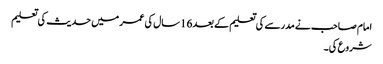
امام صاحب نے مدرسے کی تعلیم کے بعد16سال کی عمر میں حدیث کی تعلیم
شروع کی۔